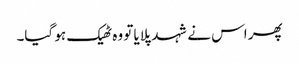
پھر اس نے شہد پلایا تو وہ ٹھیک ہو گیا۔